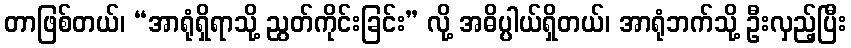
တာဖြစ်တယ်၊ “အာရုံရှိရာသို့ ညွတ်ကိုင်းခြင်း” လို့ အဓိပ္ပါယ်ရှိတယ်၊ အာရုံဘက်သို့ ဦးလှည့်ပြီး